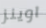
اوينز